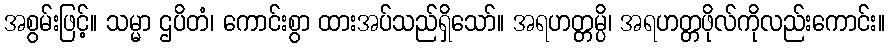
အစွမ်းဖြင့်။ သမ္မာ ဌပိတံ၊ ကောင်းစွာ ထားအပ်သည်ရှိသော်။ အရဟတ္တမ္ပိ၊ အရဟတ္တဖိုလ်ကိုလည်းကောင်း။